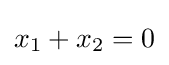
x_{1}+x_{2}=0